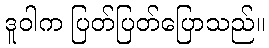
ဒူဝါက ပြတ်ပြတ်ပြောသည်။